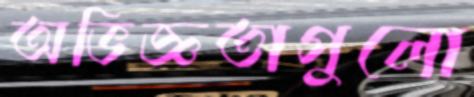
অভিজ্ঞতাগুলো